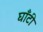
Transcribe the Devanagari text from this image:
घाँटी